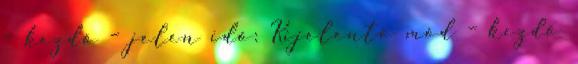
– kezdő – jelen idő: Kijelentő mód – kezdő